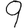
Digit: 9